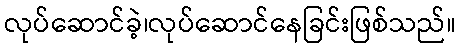
လုပ်ဆောင်ခဲ့၊လုပ်ဆောင်နေခြင်းဖြစ်သည်။